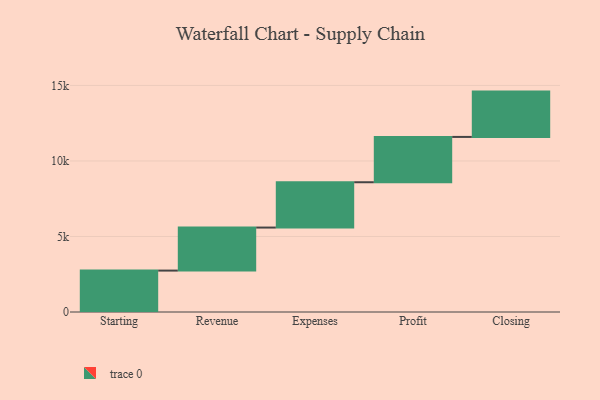
{"axis": {"x": "Step", "y": "Value"}, "legend": [""], "data": [{"x": "Starting", "y": 2741.0, "type": ""}, {"x": "Revenue", "y": 2849.0, "type": ""}, {"x": "Expenses", "y": 3000, "type": ""}, {"x": "Profit", "y": 3000, "type": ""}, {"x": "Closing", "y": 3000, "type": ""}]}